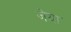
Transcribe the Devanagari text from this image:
जेया